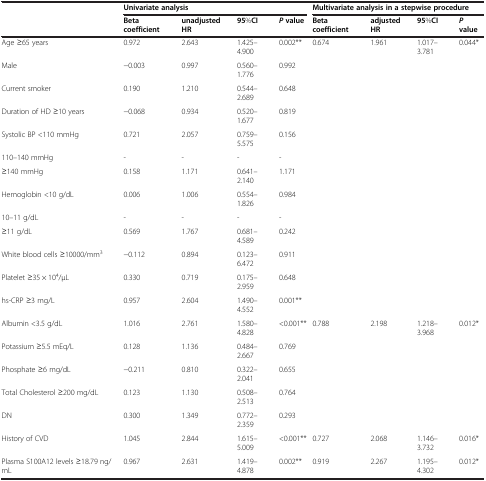
<table><thead><tr><td rowspan="2"><b> </b></td><td colspan="4"><b>Univariate analysis</b></td><td colspan="4"><b>Multivariate analysis in a stepwise procedure</b></td></tr><tr><td><b>Beta coefficient</b></td><td><b>unadjusted HR</b></td><td><b>95%CI</b></td><td><b><i>P </i>value</b></td><td><b>Beta coefficient</b></td><td><b>adjusted HR</b></td><td><b>95%CI</b></td><td><b><i>P </i>value</b></td></tr></thead><tbody><tr><td>Age ≥65 years</td><td>0.972</td><td>2.643</td><td>1.425–4.900</td><td>0.002**</td><td>0.674</td><td>1.961</td><td>1.017–3.781</td><td>0.044*</td></tr><tr><td>Male</td><td>−0.003</td><td>0.997</td><td>0.560–1.776</td><td>0.992</td><td> </td><td> </td><td> </td><td> </td></tr><tr><td>Current smoker</td><td>0.190</td><td>1.210</td><td>0.544–2.689</td><td>0.648</td><td> </td><td> </td><td> </td><td> </td></tr><tr><td>Duration of HD ≥10 years</td><td>−0.068</td><td>0.934</td><td>0.520–1.677</td><td>0.819</td><td> </td><td> </td><td> </td><td> </td></tr><tr><td>Systolic BP &lt;110 mmHg</td><td>0.721</td><td>2.057</td><td>0.759–5.575</td><td>0.156</td><td> </td><td> </td><td> </td><td> </td></tr><tr><td>110–140 mmHg</td><td>-</td><td>-</td><td>-</td><td>-</td><td> </td><td> </td><td> </td><td> </td></tr><tr><td>≥140 mmHg</td><td>0.158</td><td>1.171</td><td>0.641–2.140</td><td>1.171</td><td> </td><td> </td><td> </td><td> </td></tr><tr><td>Hemoglobin &lt;10 g/dL</td><td>0.006</td><td>1.006</td><td>0.554–1.826</td><td>0.984</td><td> </td><td> </td><td> </td><td> </td></tr><tr><td>10–11 g/dL</td><td>-</td><td>-</td><td>-</td><td>-</td><td> </td><td> </td><td> </td><td> </td></tr><tr><td>≥11 g/dL</td><td>0.569</td><td>1.767</td><td>0.681–4.589</td><td>0.242</td><td> </td><td> </td><td> </td><td> </td></tr><tr><td>White blood cells ≥10000/mm<sup>3</sup></td><td>−0.112</td><td>0.894</td><td>0.123–6.472</td><td>0.911</td><td> </td><td> </td><td> </td><td> </td></tr><tr><td>Platelet ≥35 × 10<sup>4</sup>/μL</td><td>0.330</td><td>0.719</td><td>0.175–2.959</td><td>0.648</td><td> </td><td> </td><td> </td><td> </td></tr><tr><td>hs-CRP ≥3 mg/L</td><td>0.957</td><td>2.604</td><td>1.490–4.552</td><td>0.001**</td><td> </td><td> </td><td> </td><td> </td></tr><tr><td>Albumin &lt;3.5 g/dL</td><td>1.016</td><td>2.761</td><td>1.580–4.828</td><td>&lt;0.001**</td><td>0.788</td><td>2.198</td><td>1.218–3.968</td><td>0.012*</td></tr><tr><td>Potassium ≥5.5 mEq/L</td><td>0.128</td><td>1.136</td><td>0.484–2.667</td><td>0.769</td><td> </td><td> </td><td> </td><td> </td></tr><tr><td>Phosphate ≥6 mg/dL</td><td>−0.211</td><td>0.810</td><td>0.322–2.041</td><td>0.655</td><td> </td><td> </td><td> </td><td> </td></tr><tr><td>Total Cholesterol ≥200 mg/dL</td><td>0.123</td><td>1.130</td><td>0.508–2.513</td><td>0.764</td><td> </td><td> </td><td> </td><td> </td></tr><tr><td>DN</td><td>0.300</td><td>1.349</td><td>0.772–2.359</td><td>0.293</td><td> </td><td> </td><td> </td><td> </td></tr><tr><td>History of CVD</td><td>1.045</td><td>2.844</td><td>1.615–5.009</td><td>&lt;0.001**</td><td>0.727</td><td>2.068</td><td>1.146–3.732</td><td>0.016*</td></tr><tr><td>Plasma S100A12 levels ≥18.79 ng/mL</td><td>0.967</td><td>2.631</td><td>1.419–4.878</td><td>0.002**</td><td>0.919</td><td>2.267</td><td>1.195–4.302</td><td>0.012*</td></tr></tbody></table>